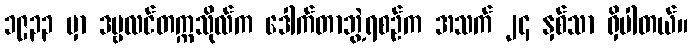
၁၉၃၃ မှာ ဒဗ္ဗလင်တက္ကသိုလ်က ဒေါက်တာဘွဲ့ရစဉ်က အသက် ၂၄ နှစ်သာ ရှိပါတယ်။